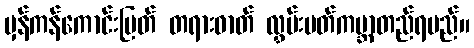
မှန်ကန်ကောင်းမြတ် တရားဓာတ် လွှမ်းပတ်ကမ္ဘာတည်ရမည်။